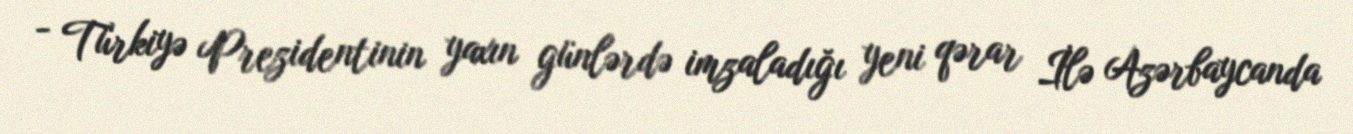
- Türkiyə Prezidentinin yaxın günlərdə imzaladığı yeni qərar İlə Azərbaycanda